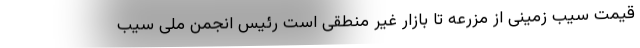
قیمت سیب زمینی از مزرعه تا بازار غیر منطقی است رئیس انجمن ملی سیب